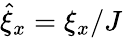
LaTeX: \hat{\xi}_{x}=\xi_{x}/J